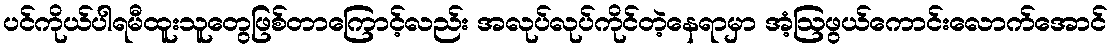
ပင်ကိုယ်ပါရမီထူးသူတွေဖြစ်တာကြောင့်လည်း အလုပ်လုပ်ကိုင်တဲ့နေရာမှာ အံ့ဩဖွယ်ကောင်းလောက်အောင်